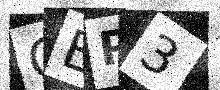
Text: CEP3